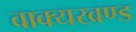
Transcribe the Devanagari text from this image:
वाक्यखण्ड